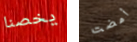
يخصنا أمضت